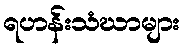
ရဟန်းသံဃာများ